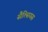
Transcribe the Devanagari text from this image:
सैल्सियस